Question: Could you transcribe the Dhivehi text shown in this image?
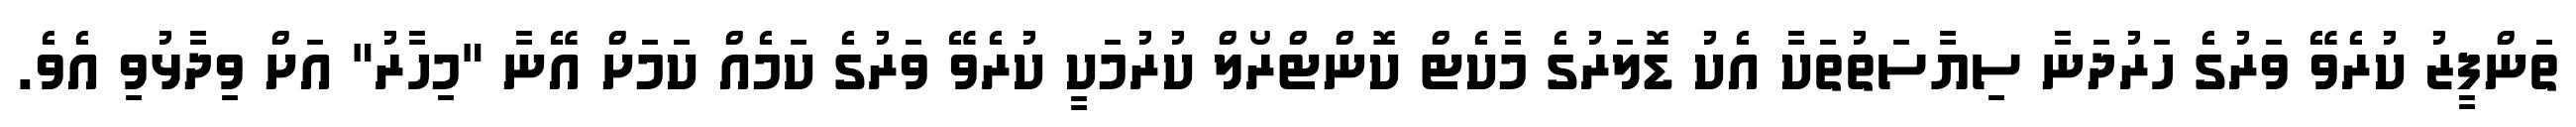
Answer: ތަންފީޒު ކުރެވޭ ވަރުގެ ހަރުދަނާ ސިޔާސަތުތަކާ އެކު ޑޮލަރުގެ މާކެޓް ކޮންޓްރޯލް ކުރުމަކީ ކުރެވޭ ވަރުގެ ކަމެއް ކަމަށް އޭނާ "މިހާރު" އަށް ވިދާޅުވި އެވެ.